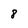
Character: 8